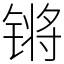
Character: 锵